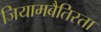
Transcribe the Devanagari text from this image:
जियामबैतिस्ता